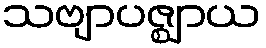
သဗျာပဇ္ဈာယ